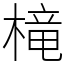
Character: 槞